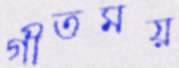
গীতময়